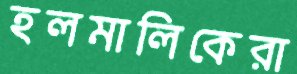
হলমালিকেরা